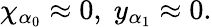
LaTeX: \chi_{\alpha_{0}}\approx 0,\; y_{\alpha_{1}}\approx 0.